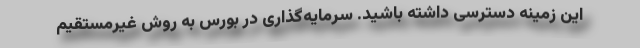
این زمینه دسترسی داشته باشید. سرمایه‌گذاری در بورس به روش غیرمستقیم